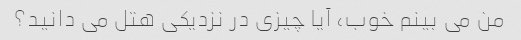
من می بینم خوب، آیا چیزی در نزدیکی هتل می دانید؟